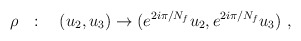
\begin{align*}\rho~~:\quad (u_2,u_3)\to (e^{2i\pi/N_f} u_2, e^{2i\pi/N_f}u_3)~,\end{align*}